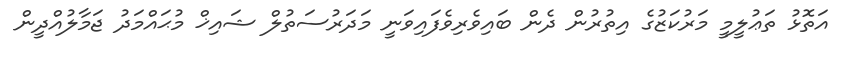
އަތޮޅު ތަޢުލީމީ މަރުކަޒުގެ އިތުރުން ދެން ބައިވެރިވެފައިވަނީ މަދަރުސަތުލް ޝައިޚް މުޙައްމަދު ޖަމާލުއްދީން